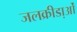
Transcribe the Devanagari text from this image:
जलक्रीडा़ओं